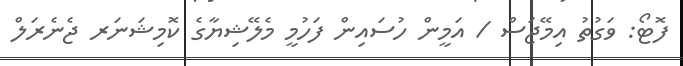
ފޮޓޯ: ވަގުތު އިމޭޖަސް / އަމީން ހުސައިން ފަހުމީ މެލޭޝިޔާގެ ކޮމިޝަނަރ ޖެނެރަލް